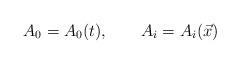
LaTeX: \begin{align*}A_{0} = A_{0}(t),\qquad A_{i} = A_{i}(\vec{x})\end{align*}